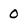
Character: 0